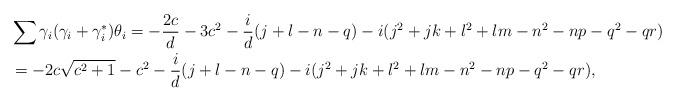
LaTeX: \begin{align*}&\sum{\gamma_i(\gamma_i + \gamma_i^*)\theta_i} = -\frac{2c}{d} - 3c^2 - \frac{i}{d}(j + l - n - q) - i(j^2 + jk + l^2 + lm - n^2 - np - q^2 - qr)\\&= -2c\sqrt{c^2 + 1} - c^2 - \frac{i}{d}(j + l - n - q) - i(j^2 + jk + l^2 + lm - n^2 - np - q^2 - qr),\end{align*}